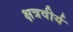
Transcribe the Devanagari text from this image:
क्षत्रवीर्य